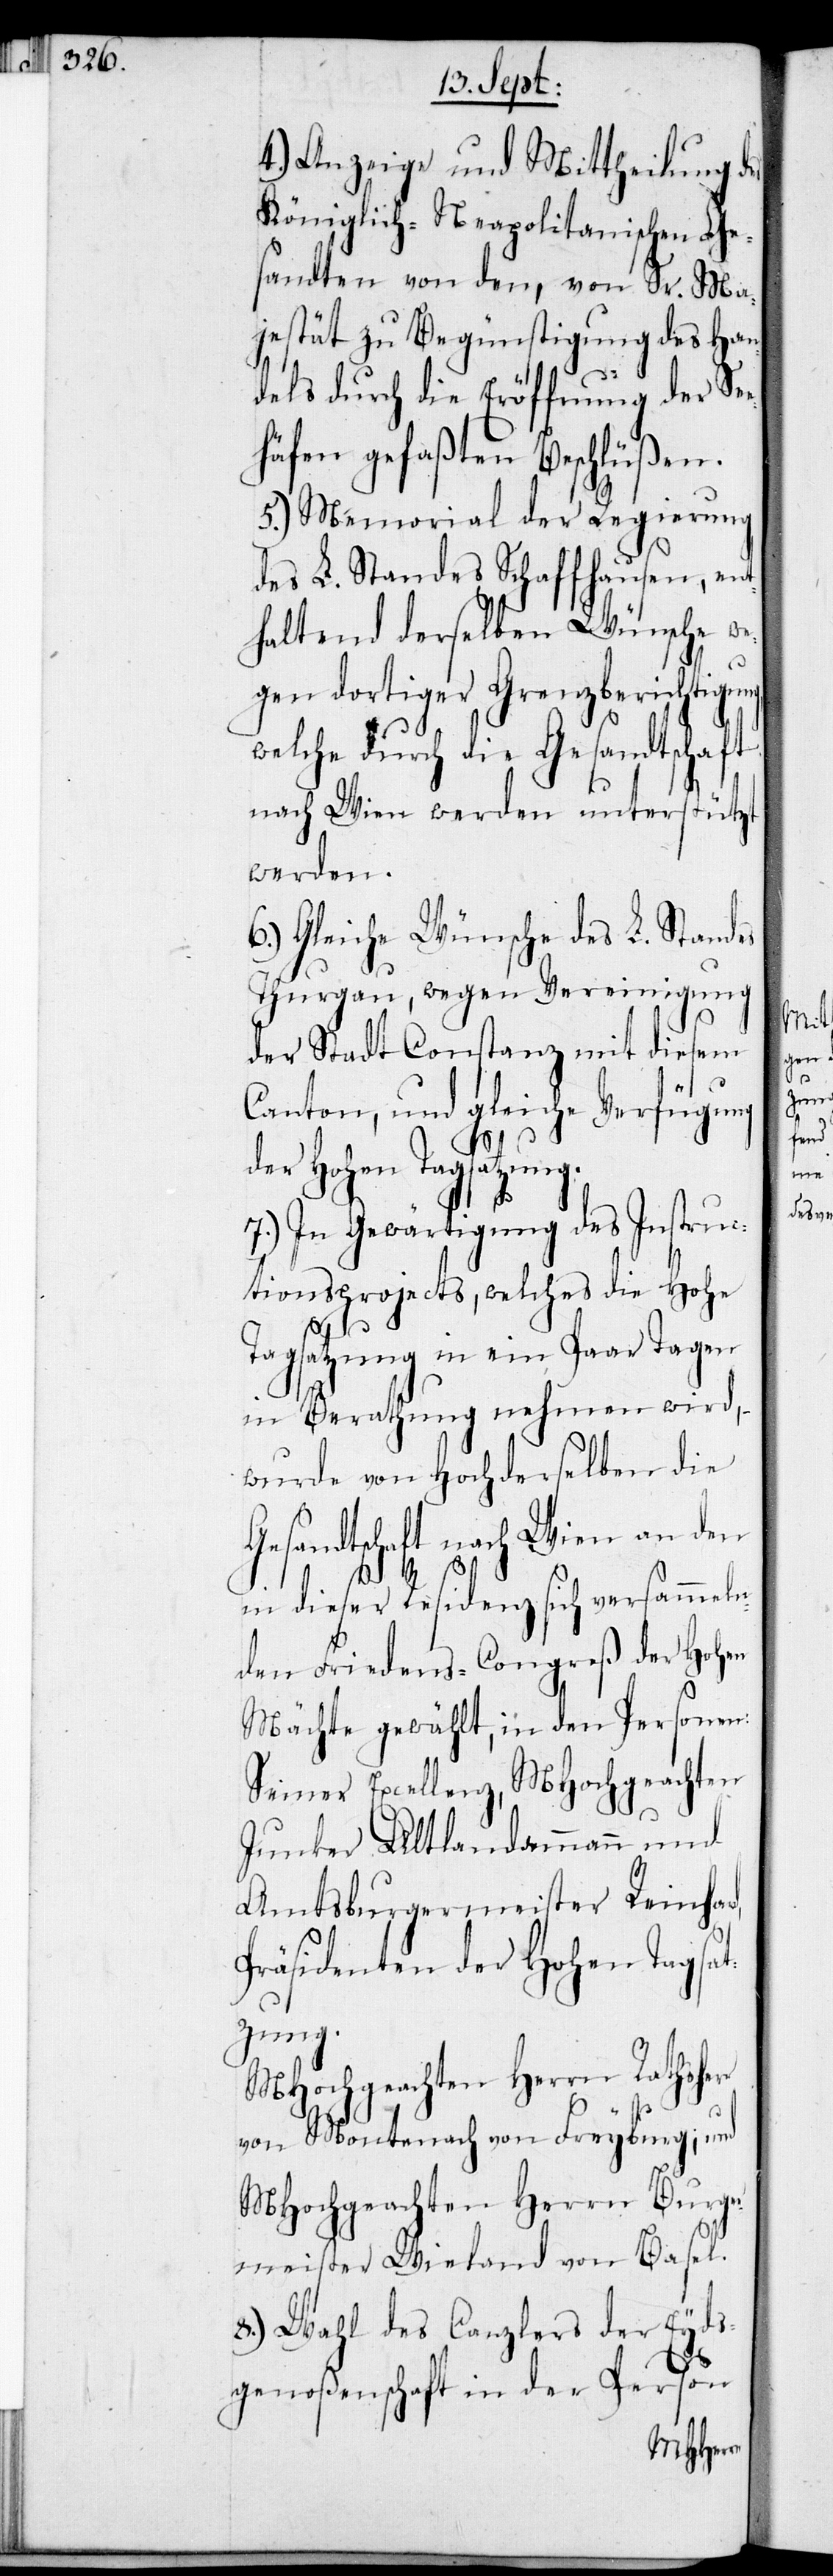
4.) Anzeige und Mittheilung des
Königlich-Neapolitanischen Ge¬
sandten von den, von Sr. Ma¬
jestät zu Begünstigung des Han¬
dels durch die Eröffnung der See¬
häfen gefaßten Beschlüßen.
5.) Memorial der Regierung
des L. Standes Schaffhausen, ent¬
haltend derselben Wünsche, we¬
gen dortiger Grenzberichtigung,
welche durch die Gesandtschaft
nach Wien werden unterstützt
werden.
6.) Gleiche Wünsche des L. Standes
Thurgau, wegen Vereinigung
der Stadt Constanz mit diesem
Canton, und gleiche Verfügung
d,
der Hohen Tagsatzung.
7.) In Gewärtigung des Instruc¬
tionsprojects, welches die Hohe
Tagsatzung in ein Paar Tagen
in Berathung nehmen wird, –
wurde von Hochderselben die
Gesandtschaft nach Wien an der
in dieser Residenz sich versammeln¬
den Friedens-Congreß der Hohen
Mächte gewählt, in den Personen:
Seiner Excellenz, MHochgeachten
Junker Altlandammann und
Amtsburgermeister Reinhar¬
Präsidenten der Hohen Tagsat¬
zung.
MHochgeachten Herrn Rathsherr
von Montenach von Freyburg; und
MHochgeachten Herrn Burge¬
rmeister Wieland von Basel.
8.) Wahl des Canzlers der Eyds¬
genoßenschaft in der Person